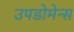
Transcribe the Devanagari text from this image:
उपडोमेन्स